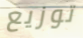
توزيع